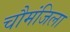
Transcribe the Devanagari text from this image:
चौमंजिला